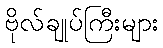
ဗိုလ်ချုပ်ကြီးများ